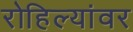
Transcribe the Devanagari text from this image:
रोहिल्यांवर